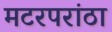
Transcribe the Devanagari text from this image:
मटरपरांठा